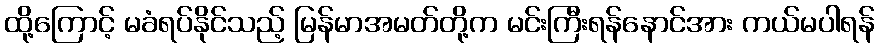
ထို့ကြောင့် မခံရပ်နိုင်သည့် မြန်မာအမတ်တို့က မင်းကြီးရန်နောင်အား ကယ်မပါရန်